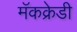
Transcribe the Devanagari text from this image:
मॅकक्रेडी